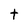
Character: t